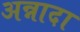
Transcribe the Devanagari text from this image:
अन्नादा